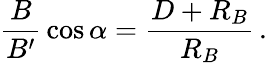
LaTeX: {\frac{B}{B^{\prime}}}\cos\alpha={\frac{D+R_{B}}{R_{B}}}\, .